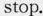
stop.